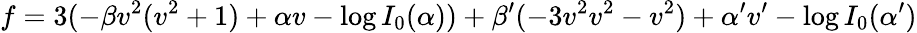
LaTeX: f=3(-\beta v^{2}(v^{2}+1)+\alpha v-\log I_{0}(\alpha))+\beta^{\prime}(-3v^{2}v^{2}-v^{2})+\alpha^{\prime}v^{\prime}-\log I_{0}(\alpha^{\prime})